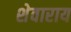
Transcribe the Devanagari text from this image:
शेवाराय